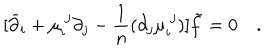
[ \bar { \partial } _ { i } + \mu _ { i } ^ { \ j } \partial _ { j } - { \frac { 1 } { n } } ( \partial _ { j } \mu _ { i } ^ { \ j } ) ] \tilde { f } = 0 \quad .